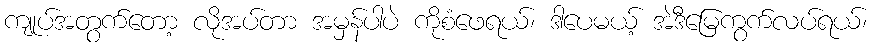
ကျုပ်အတွက်တော့ လိုအပ်တာ အမှန်ပါပဲ ကိုစံဖေရယ်၊ ဒါပေမယ့် အဲဒီမြေကွက်လပ်ရယ်၊